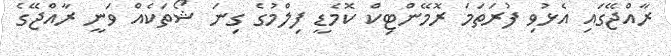
ރާއްޖޭގައި އެޅުވި ފުރަތަމަ ރޮމޭންޓިކް ކޮމެޑީ ފިލްމުގެ ގިނަ ޝޯތަކެއް ވަނީ ރާއްޖޭގެ